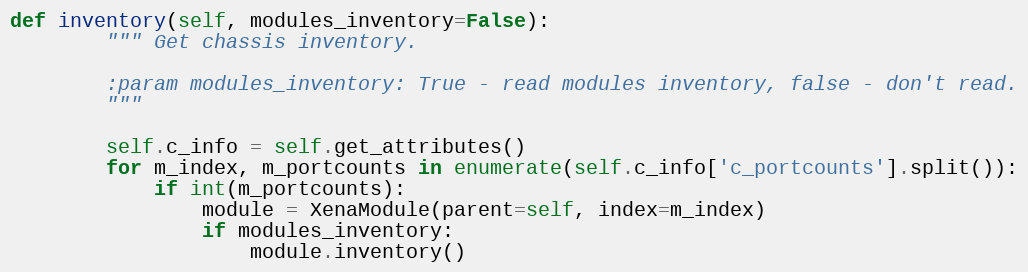
Language: Python
def inventory(self, modules_inventory=False):
        """ Get chassis inventory.

        :param modules_inventory: True - read modules inventory, false - don't read.
        """

        self.c_info = self.get_attributes()
        for m_index, m_portcounts in enumerate(self.c_info['c_portcounts'].split()):
            if int(m_portcounts):
                module = XenaModule(parent=self, index=m_index)
                if modules_inventory:
                    module.inventory()